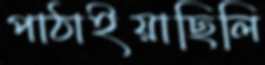
পাঠাইয়াছিলি